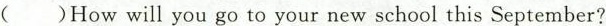
( )How will you go to your new school this September?